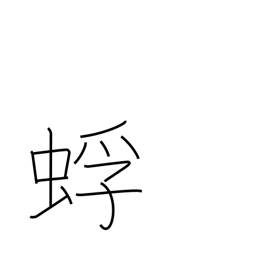
Meaning: kind of ant